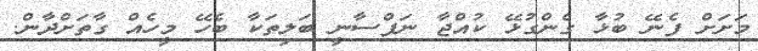
މަށަށް ފެނޭ ބުޅާ ގެންގުޅޭ ކުއްޖާ ނަފްސާނީ ބަލިތަކާ ބެހޭ މީހެއް ގާތަށްދާން.